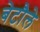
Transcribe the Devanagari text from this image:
बेटौले